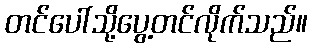
တင်ပေါ်သို့ပွေ့တင်လိုက်သည်။